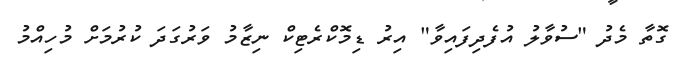
ގޮތާ މެދު "ސުވާލު އުފެދިފައިވާ" އިރު ޑިމޮކްރެޓިކް ނިޒާމު ވަރުގަދަ ކުރުމަށް މުހިއްމު